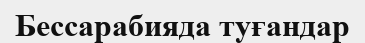
Бессарабияда туғандар